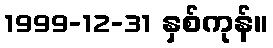
1999-12-31 နှစ်ကုန်။